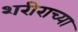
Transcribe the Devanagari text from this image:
शरीराच्या